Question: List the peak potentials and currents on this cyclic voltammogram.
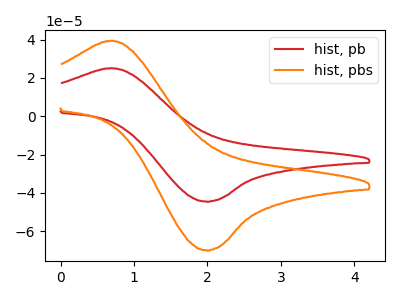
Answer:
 <answer>The red curve "hist, pb" has an anodic peak at (0.70V, 25.10uA) and a cathodic peak at (2.00V, -44.50uA). The orange curve "hist, pbs" has an anodic peak at (0.70V, 39.45uA) and a cathodic peak at (2.00V, -69.95uA).</answer>
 <eval></eval>